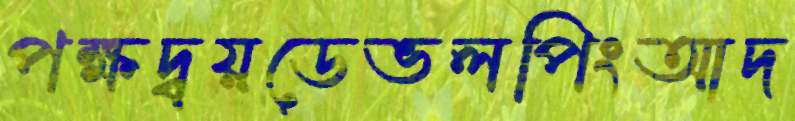
পক্ষদ্বয়ডেভলপিংআদ